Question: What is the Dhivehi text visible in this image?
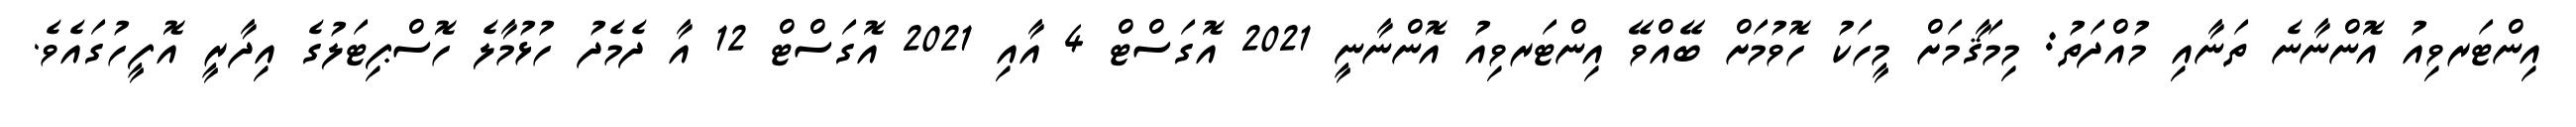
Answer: އިންޓަރވިއު އޮންނާނެ ތަނާއި މުއްދަތު: މިމަޤާމަށް މީހަކު ހޮވުމަށް ބޭއްވޭ އިންޓަރވިއު އޮންނާނީ 2021 އޮގަސްޓް 4 އާއި 2021 އޮގަސްޓް 12 އާ ދެމެދު ހުޅުމާލެ ހޮސްޕިޓަލުގެ އިދާރީ އޮފީހުގައެވެ.